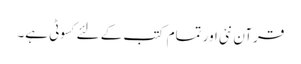
قرآن نئی اور تمام کتب کے لئےکسوٹی ہے۔